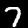
Label: 7